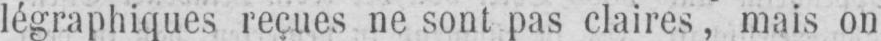
légraphiques reçues ne sont pas claires, mais on